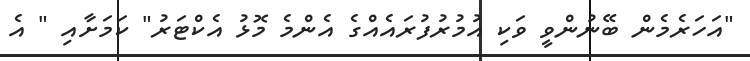
"އަހަރެމެން ބޭނުންވީ ވަކި އުމުރުފުރައެއްގެ އެންމެ މޮޅު އެކްޓަރު" ކަމަށާއި " އެ